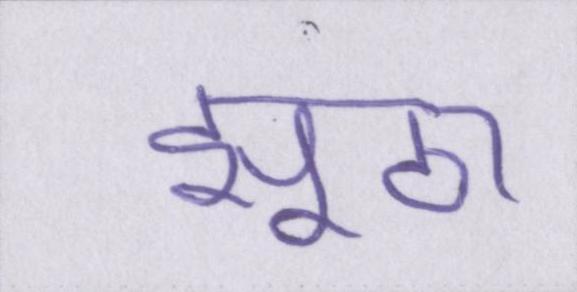
झूठा